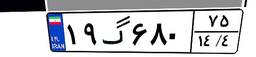
۱۹گ۶۸۰۷۵